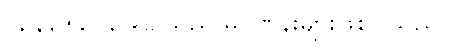
၁, ၃, ၅, ၇, ၉... သည် မဂဏန်းများဖြစ်ပါသည်။